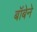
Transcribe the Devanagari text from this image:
बॉबेने